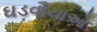
ઘડવૌયાઓ